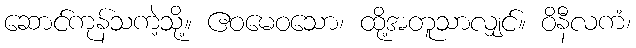
ဆောင်ကုန်သကဲ့သို့။ ဧဝမေဝသော၊ ထို့အတူသာလျှင်။ ဝိနီလကံ၊